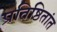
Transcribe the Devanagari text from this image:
प्रतिष्ठितांत